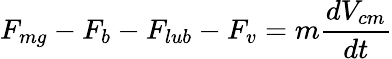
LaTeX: F_{mg}-F_{b}-F_{lub}-F_{v}=m\frac{dV_{cm}}{dt}